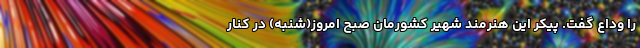
را وداع گفت. پیکر این هنرمند شهیر کشورمان صبح امروز(شنبه) در کنار